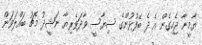
ޔާމީނާ ޖެހިގެން އެ ދެ ބޭފުޅުންގެ ސިޔާސީ ވާދަވެރިޔާ ނަޝީދު މެޗު ބައްލަވަން